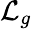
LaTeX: \mathcal{L}_{g}